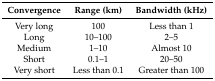
| Convergence | Range (km) | Bandwidth (kHz) |
 | --- | --- | --- |
 | Very long | 100 | Less than 1 |
 | Long | 10–100 | 2–5 |
 | Medium | 1–10 | Almost 10 |
 | Short | 0.1–1 | 20–50 |
 | Very short | Less than 0.1 | Greater than 100 |